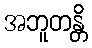
အဘူတန္တိ